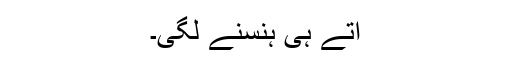
آتے ہی ہنسنے لگی۔